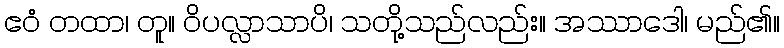
ဧဝံ တထာ၊ တူ။ ဝိပလ္လာသာပိ၊ သတို့သည်လည်း။ အဿာဒေါ၊ မည်၏။